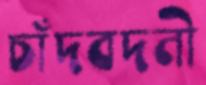
চাঁদবদনী